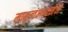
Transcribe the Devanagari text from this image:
मातृत्वभावनेने